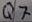
Text: Q7